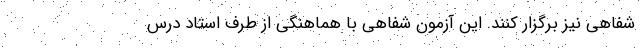
شفاهی نیز برگزار کنند. این آزمون شفاهی با هماهنگی از طرف استاد درس